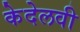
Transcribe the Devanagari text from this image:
केदेलवी